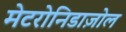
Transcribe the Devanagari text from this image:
मेटरोनिडाज़ोल